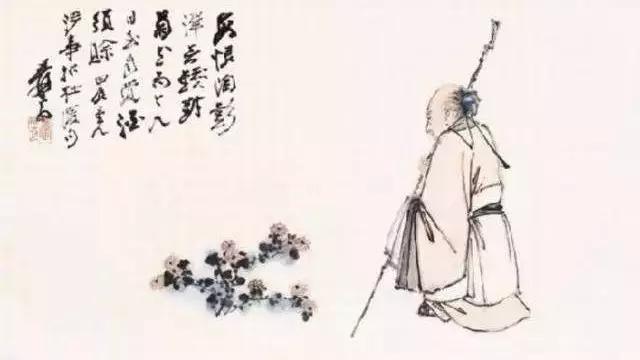
善游者溺，善骑者堕，各以所好反自为祸。